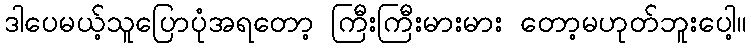
ဒါပေမယ့်သူပြောပုံအရတော့ ကြီးကြီးမားမား တော့မဟုတ်ဘူးပေါ့။